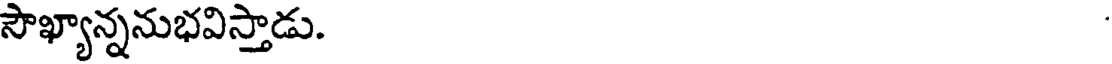
సౌఖ్యాన్ననుభవిస్తాడు.